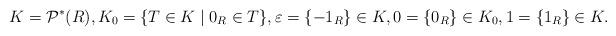
LaTeX: \begin{align*}K = \mathcal{P}^*(R), K_0 =\{T \in K \mid 0_R \in T\}, \varepsilon = \{-1_R\} \in K,0=\{0_R\} \in K_0, 1=\{1_R\}\in K.\end{align*}